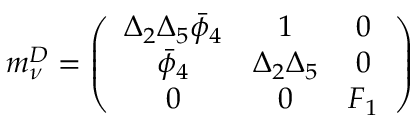
m _ { \nu } ^ { D } = \left( \begin{array} { c c c } { { \Delta _ { 2 } \Delta _ { 5 } \bar { \phi } _ { 4 } } } & { { 1 } } & { { 0 } } \\ { { \bar { \phi } _ { 4 } } } & { { \Delta _ { 2 } \Delta _ { 5 } } } & { { 0 } } \\ { { 0 } } & { { 0 } } & { { F _ { 1 } } } \end{array} \right)